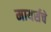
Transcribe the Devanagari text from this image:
मायर्सचे